Leprosy in India: report of the Leprosy Commission in India, 1890-91
Year: 1890
Disease focus: Leprosy
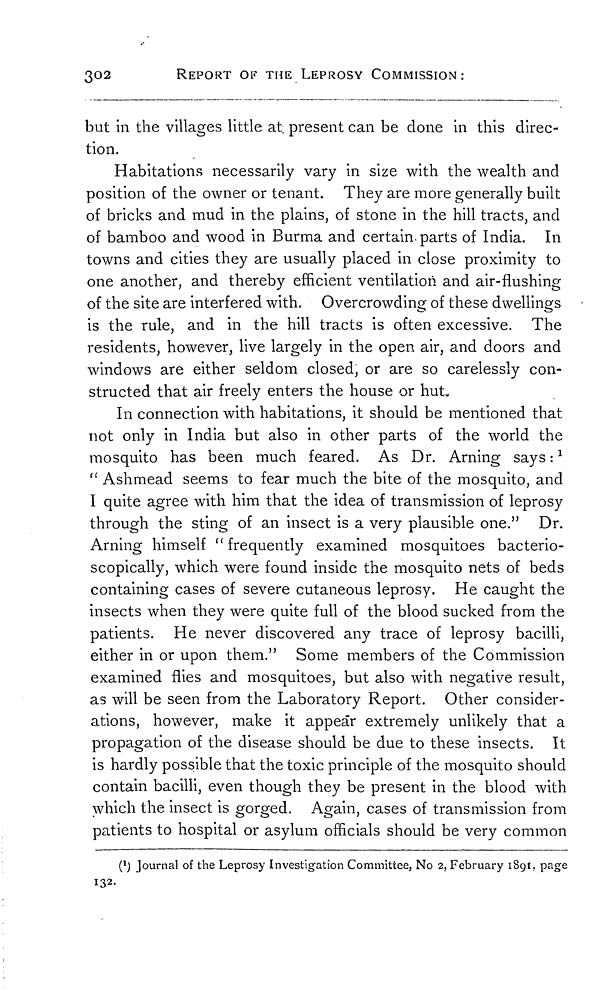
302
REPORT OF THE LEPROSY COMMISSION:
but in the villages little at. present can be done in this direc-
tion.
Habitations necessarily vary in size with the wealth and
position of the owner or tenant. They are more generally built
of bricks and mud in the plains, of stone in the hill tracts, and
of bamboo and wood in Burma and certain parts of India. In
towns and cities they are usually placed in close proximity to
one another, and thereby efficient ventilation and air-flushing
of the site are interfered with. Overcrowding of these dwellings
is the rule, and in the hill tracts is often excessive. The
residents, however, live largely in the open air, and doors and
windows are either seldom closed, or are so carelessly con-
structed that air freely enters the house or hut.
In connection with habitations, it should be mentioned that
not only in India but also in other parts of the world the
mosquito has been much feared. As Dr. Arning says : 1
" Ashmead seems to fear much the bite of the mosquito, and
I quite agree with him that the idea of transmission of leprosy
through the sting of an insect is a very plausible one." Dr.
Arning himself "frequently examined mosquitoes bacterio-
scopically, which were found inside the mosquito nets of beds
containing cases of severe cutaneous leprosy. He caught the
insects when they were quite full of the blood sucked from the
patients. He never discovered any trace of leprosy bacilli,
either in or upon them." Some members of the Commission
examined flies and mosquitoes, but also with negative result,
as will be seen from the Laboratory Report. Other consider-
ations, however, make it appear extremely unlikely that a
propagation of the disease should be due to these insects. It
is hardly possible that the toxic principle of the mosquito should
contain bacilli, even though they be present in the blood with
which the insect is gorged. Again, cases of transmission from
patients to hospital or asylum officials should be very common
( 1 ) Journal of the Leprosy Investigation Committee, No 2, February 1891. page
132.